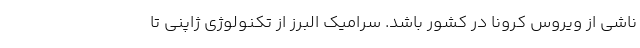
ناشی از ویروس کرونا در کشور باشد. سرامیک البرز از تکنولوژی ژاپنی تا